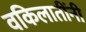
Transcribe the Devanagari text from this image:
वकिलातींनी